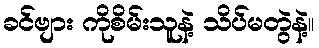
ခင်ဗျား ကိုစိမ်းသူနဲ့ သိပ်မတွဲနဲ့။